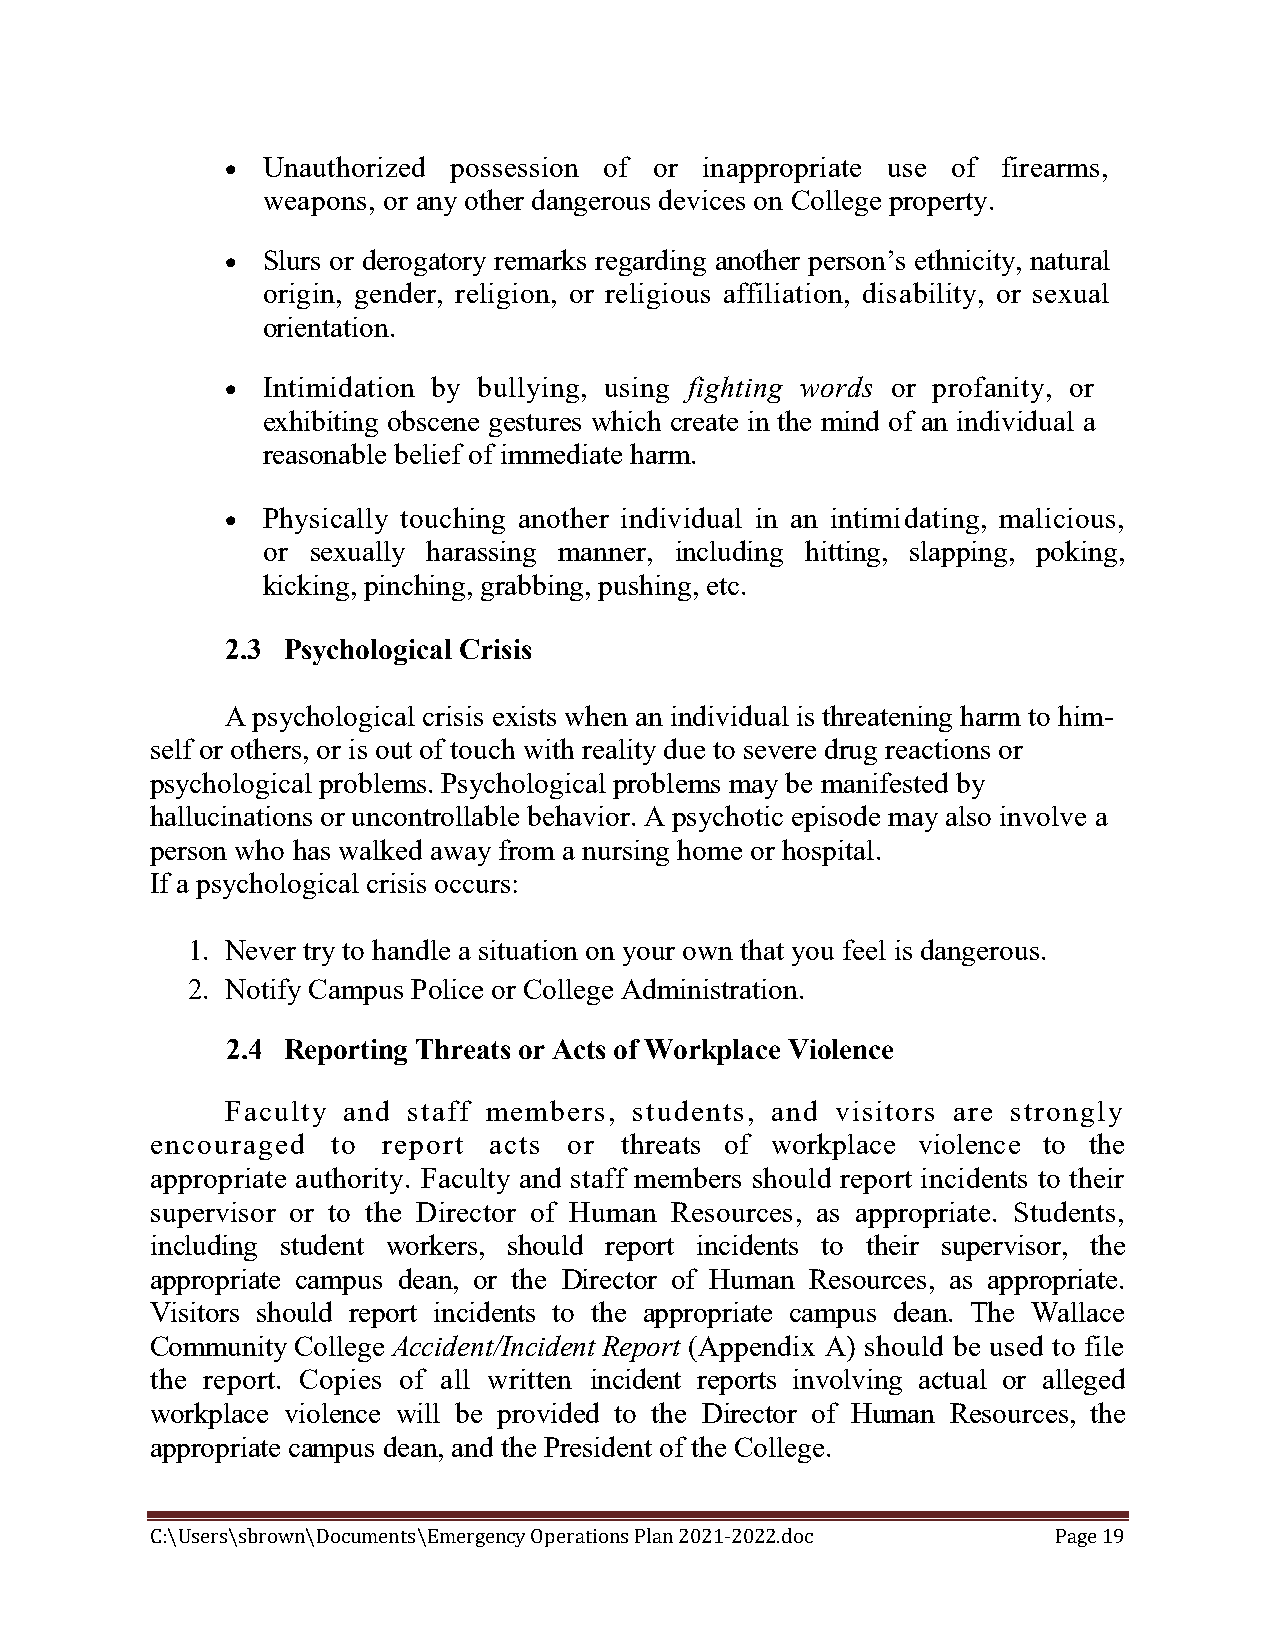
 Unauthorized possession of or inappropriate use of firearms,
 weapons, or any other dangerous devices on College property.
  Slurs or derogatory remarks regarding another person’s ethnicity, natural
 origin, gender, religion, or religious affiliation, disability, or sexual
 orientation.
  Intimidation by bullying, using fighting words or profanity, or
 exhibiting obscene gestures which create in the mind of an individual a
 reasonable belief of immediate harm.
  Physically touching another individual in an intimidating, malicious,
 or sexually harassing manner, including hitting, slapping, poking,
 kicking, pinching, grabbing, pushing, etc.
 2.3 Psychological Crisis
 A psychological crisis exists when an individual is threatening harm to him-
 self or others, or is out of touch with reality due to severe drug reactions or
 psychological problems. Psychological problems may be manifested by
 hallucinations or uncontrollable behavior. A psychotic episode may also involve a
 person who has walked away from a nursing home or hospital.
 If a psychological crisis occurs:
 1. Never try to handle a situation on your own that you feel is dangerous.
 2. Notify Campus Police or College Administration.
 2.4 Reporting Threats or Acts of Workplace Violence
 Faculty and staff members, students, and visitors are strongly
 encouraged  to report acts  or threats of workplace violence to the
 appropriate authority. Faculty and staff members should report incidents to their
 supervisor or to the Director of Human Resources, as appropriate. Students,
 including student workers, should report incidents to their supervisor, the
 appropriate campus dean, or the Director of Human Resources, as appropriate.
 Visitors should report incidents to the appropriate campus dean. The Wallace
 Community College Accident/Incident Report (Appendix A) should be used to file
 the report. Copies of all written incident reports involving actual or alleged
 workplace violence will be provided to the Director of Human Resources, the
 appropriate campus dean, and the President of the College.
 C:\Users\sbrown\Documents\Emergency Operations Plan 2021-2022.doc Page 19